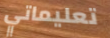
تعليماتي